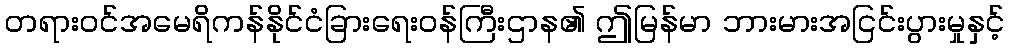
တရားဝင်အမေရိကန်နိုင်ငံခြားရေးဝန်ကြီးဌာန၏ ဤမြန်မာ ဘားမားအငြင်းပွားမှုနှင့်